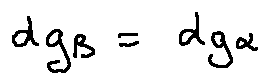
d g _ { \beta } = d g _ { \alpha }